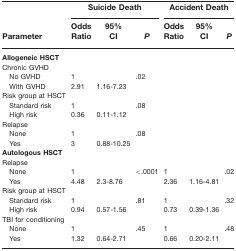
<table><thead><tr><td></td><td colspan="3"><b>Suicide Death</b></td><td colspan="3"><b>Accident Death</b></td></tr><tr><td><b>Parameter</b></td><td><b>Odds Ratio</b></td><td><b>95% CI</b></td><td><b><i>P</i></b></td><td><b>Odds Ratio</b></td><td><b>95% CI</b></td><td><b><i>P</i></b></td></tr></thead><tbody><tr><td colspan="7"><b>Allogeneic HSCT</b></td></tr><tr><td>Chronic GVHD</td><td></td><td></td><td></td><td></td><td></td><td></td></tr><tr><td> No GVHD</td><td>1</td><td></td><td>.02</td><td></td><td></td><td></td></tr><tr><td> With GVHD</td><td>2.91</td><td>1.16-7.23</td><td></td><td></td><td></td><td></td></tr><tr><td>Risk group at HSCT</td><td></td><td></td><td></td><td></td><td></td><td></td></tr><tr><td> Standard risk</td><td>1</td><td></td><td>.08</td><td></td><td></td><td></td></tr><tr><td> High risk</td><td>0.36</td><td>0.11-1.12</td><td></td><td></td><td></td><td></td></tr><tr><td>Relapse</td><td></td><td></td><td></td><td></td><td></td><td></td></tr><tr><td> None</td><td>1</td><td></td><td>.08</td><td></td><td></td><td></td></tr><tr><td> Yes</td><td>3</td><td>0.88-10.25</td><td></td><td></td><td></td><td></td></tr><tr><td colspan="7"><b>Autologous HSCT</b></td></tr><tr><td>Relapse</td><td></td><td></td><td></td><td></td><td></td><td></td></tr><tr><td> None</td><td>1</td><td></td><td>&lt;.0001</td><td>1</td><td></td><td>.02</td></tr><tr><td> Yes</td><td>4.48</td><td>2.3-8.76</td><td></td><td>2.36</td><td>1.16-4.81</td><td></td></tr><tr><td>Risk group at HSCT</td><td></td><td></td><td></td><td></td><td></td><td></td></tr><tr><td> Standard risk</td><td>1</td><td></td><td>.81</td><td>1</td><td></td><td>.32</td></tr><tr><td> High risk</td><td>0.94</td><td>0.57-1.56</td><td></td><td>0.73</td><td>0.39-1.36</td><td></td></tr><tr><td>TBI for conditioning</td><td></td><td></td><td></td><td></td><td></td><td></td></tr><tr><td> None</td><td>1</td><td></td><td>.45</td><td>1</td><td></td><td>.48</td></tr><tr><td> Yes</td><td>1.32</td><td>0.64-2.71</td><td></td><td>0.66</td><td>0.20-2.11</td><td></td></tr></tbody></table>